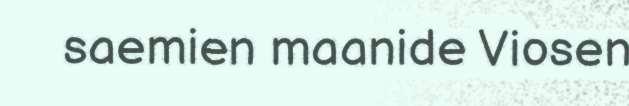
saemien maanide Viosen